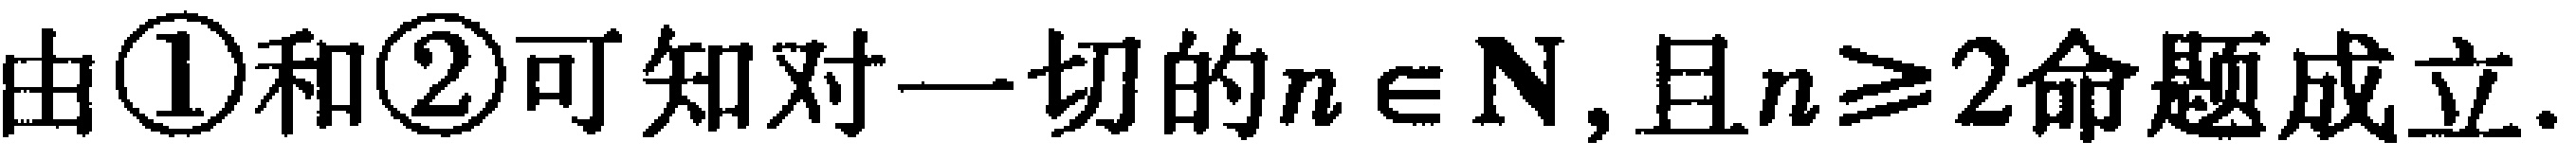
由\textcircled{1}和\textcircled{2}可知对一切的$n\in \mathbf{N}$, 且$n\geq 2$命题成立.